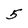
Character: 5